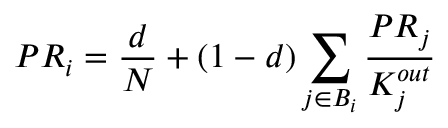
P R _ { i } = \frac { d } { N } + ( 1 - d ) \sum _ { j \in B _ { i } } \frac { P R _ { j } } { K _ { j } ^ { o u t } }